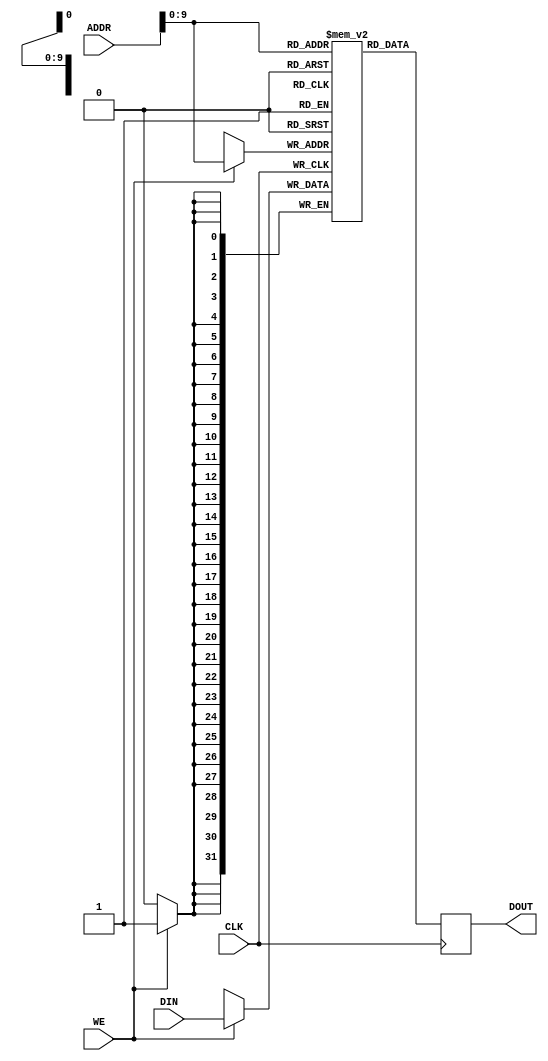
module LPDDR_RAM (
    input wire CLK,
    input wire [31:0] ADDR,
    input wire [31:0] DIN,
    input wire WE,
    output reg [31:0] DOUT
);

reg [31:0] memory [0:1023]; // Assuming 1K memory blocks

always @(posedge CLK) begin
    if (WE) begin
        memory[ADDR] <= DIN;
    end
    DOUT <= memory[ADDR];
end

endmodule